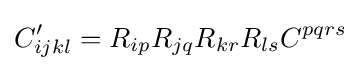
C'_{ijkl}=R_{ip}R_{jq}R_{kr}R_{ls}C^{pqrs}